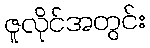
ဇူလိုင်အတွင်း